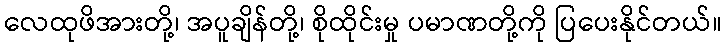
လေထုဖိအားတို့၊ အပူချိန်တို့၊ စိုထိုင်းမှု ပမာဏတို့ကို ပြပေးနိုင်တယ်။